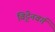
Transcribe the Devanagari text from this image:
विट्टेनवर्ग